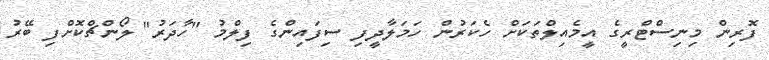
ފޮރިން މިނިސްޓްރީގެ އީމެއިލްތަކަށް ހެކަރުން ހަމަލާދީފި ސިފައިންގެ ފިލްމު "ހާދަރު" ލޯންޗްކޮށްފި ބޭރު